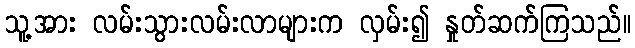
သူ့အား လမ်းသွားလမ်းလာများက လှမ်း၍ နှုတ်ဆက်ကြသည်။